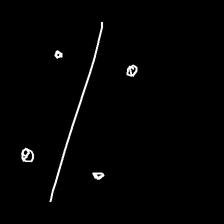
Glyph: cool